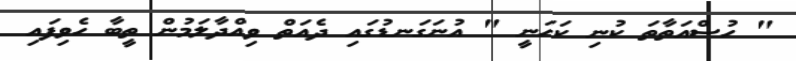
" ހުސްއަތާތަ ކުނި ކަހަނީ " އުނަގަނޑުގައި ދެއަތް ވިއްދާލަމުން ތީބާ ހެވިފައި